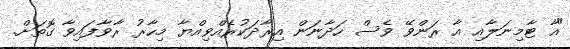
"އާ ޓާމިނަލާއި އާ ރަންވޭ ވެސް ހަދާނަން އިރާދަކުރެއްވިއްޔާ މިހާރު ރާވާފައިވާ ގޮތަށް.